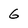
Character: 6